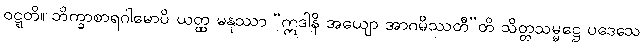
ဝဋ္ဋတိ။ ဘိက္ခာစာရဂါမောပိ ယတ္ထ မနုဿာ “ဣဒါနိ အယျော အာဂမိဿတီ”တိ သိတ္တသမ္မဋ္ဌေ ပဒေသေ